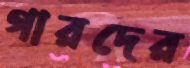
গারদের